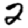
Digit: 2